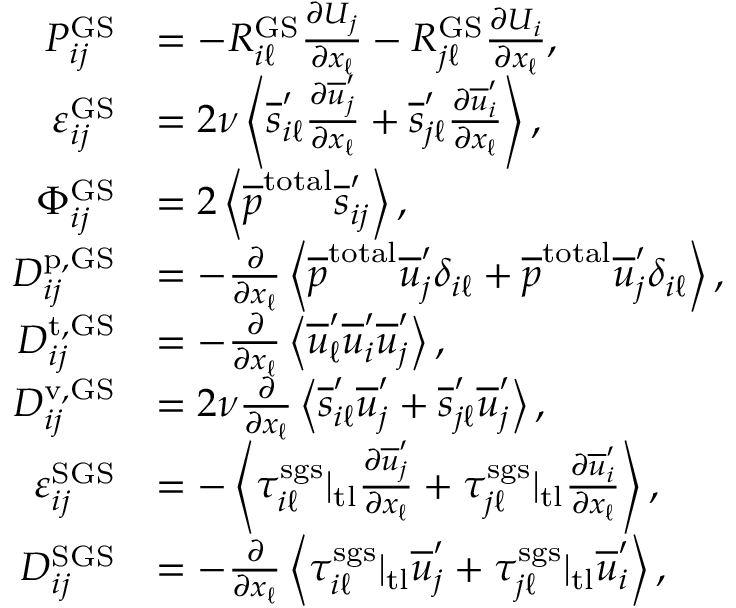
\begin{array} { r l } { P _ { i j } ^ { \mathrm { G S } } } & { = - R _ { i \ell } ^ { \mathrm { G S } } \frac { \partial U _ { j } } { \partial x _ { \ell } } - R _ { j \ell } ^ { \mathrm { G S } } \frac { \partial U _ { i } } { \partial x _ { \ell } } , } \\ { \varepsilon _ { i j } ^ { \mathrm { G S } } } & { = 2 \nu \left< \overline { { s } } _ { i \ell } ^ { \prime } \frac { \partial \overline { { u } } _ { j } ^ { \prime } } { \partial x _ { \ell } } + \overline { { s } } _ { j \ell } ^ { \prime } \frac { \partial \overline { { u } } _ { i } ^ { \prime } } { \partial x _ { \ell } } \right> , } \\ { \Phi _ { i j } ^ { \mathrm { G S } } } & { = 2 \left< \overline { { p } } ^ { \mathrm { t o t a l } } \overline { { s } } _ { i j } ^ { \prime } \right> , } \\ { D _ { i j } ^ { \mathrm { p , G S } } } & { = - \frac { \partial } { \partial x _ { \ell } } \left< \overline { { p } } ^ { \mathrm { t o t a l } } \overline { { u } } _ { j } ^ { \prime } \delta _ { i \ell } + \overline { { p } } ^ { \mathrm { t o t a l } } \overline { { u } } _ { j } ^ { \prime } \delta _ { i \ell } \right> , } \\ { D _ { i j } ^ { \mathrm { t , G S } } } & { = - \frac { \partial } { \partial x _ { \ell } } \left< \overline { { u } } _ { \ell } ^ { \prime } \overline { { u } } _ { i } ^ { \prime } \overline { { u } } _ { j } ^ { \prime } \right> , } \\ { D _ { i j } ^ { \mathrm { v , G S } } } & { = 2 \nu \frac { \partial } { \partial x _ { \ell } } \left< \overline { { s } } _ { i \ell } ^ { \prime } \overline { { u } } _ { j } ^ { \prime } + \overline { { s } } _ { j \ell } ^ { \prime } \overline { { u } } _ { j } ^ { \prime } \right> , } \\ { \varepsilon _ { i j } ^ { \mathrm { S G S } } } & { = - \left< \tau _ { i \ell } ^ { \mathrm { s g s } } | _ { \mathrm { t l } } \frac { \partial \overline { { u } } _ { j } ^ { \prime } } { \partial x _ { \ell } } + \tau _ { j \ell } ^ { \mathrm { s g s } } | _ { \mathrm { t l } } \frac { \partial \overline { { u } } _ { i } ^ { \prime } } { \partial x _ { \ell } } \right> , } \\ { D _ { i j } ^ { \mathrm { S G S } } } & { = - \frac { \partial } { \partial x _ { \ell } } \left< \tau _ { i \ell } ^ { \mathrm { s g s } } | _ { \mathrm { t l } } \overline { { u } } _ { j } ^ { \prime } + \tau _ { j \ell } ^ { \mathrm { s g s } } | _ { \mathrm { t l } } \overline { { u } } _ { i } ^ { \prime } \right> , } \end{array}